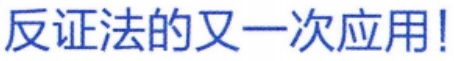
反证法的又一次应用!